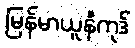
မြန်မာယူနီကုဒ်